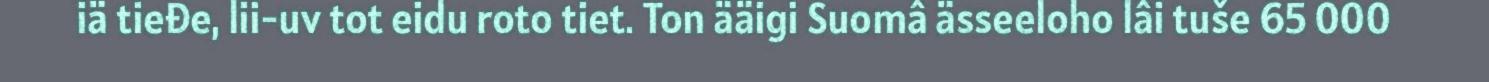
iä tieđe, lii-uv tot eidu roto tiet. Ton ääigi Suomâ ässeeloho lâi tuše 65 000